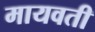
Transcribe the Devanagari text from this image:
मायवती